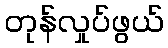
တုန်လှုပ်ဖွယ်